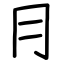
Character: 冃